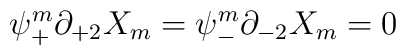
\psi^m_+\partial_{+2}X_m=\psi^m_-\partial_{-2}X_m=0